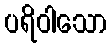
ပရိဝါသော